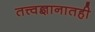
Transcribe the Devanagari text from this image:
तत्त्वज्ञानातही